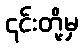
၎င်းတို့မှ